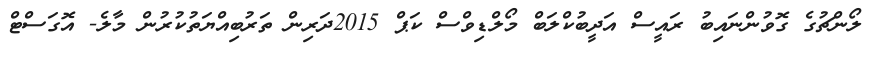
ލޯންޗުގެ ގޮވުންނައިބު ރައީސް އަދީބުކްލަބް މޯލްޑިވްސް ކަޕް 2015ދަރިން ތަރުބިއްޔަތުކުރުން މާލެ- އޮގަސްޓް